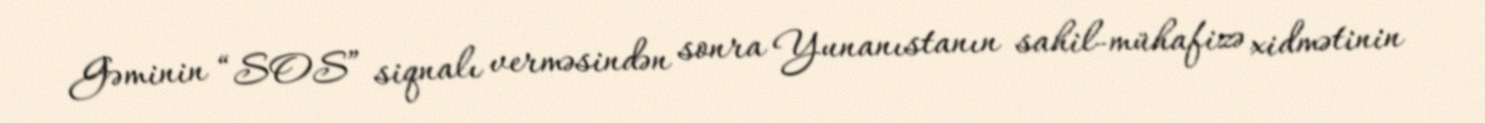
Gəminin “SOS” siqnalı verməsindən sonra Yunanıstanın sahil-mühafizə xidmətinin